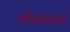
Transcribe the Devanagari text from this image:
शंकरार्य